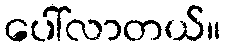
ပေါ်လာတယ်။